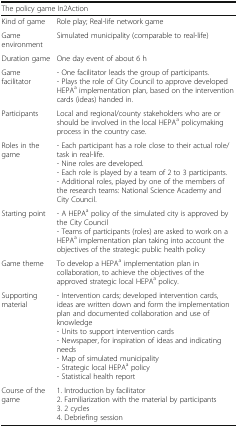
<table><thead><tr><td colspan="2"><b>The policy game In2Action</b></td></tr></thead><tbody><tr><td>Kind of game</td><td>Role play; Real-life network game</td></tr><tr><td>Game environment</td><td>Simulated municipality (comparable to real-life)</td></tr><tr><td>Duration game</td><td>One day event of about 6 h</td></tr><tr><td>Game facilitator</td><td>- One facilitator leads the group of participants.- Plays the role of City Council to approve developed HEPA<sup>a</sup> implementation plan, based on the intervention cards (ideas) handed in.</td></tr><tr><td>Participants</td><td>Local and regional/county stakeholders who are or should be involved in the local HEPA<sup>a</sup> policymaking process in the country case.</td></tr><tr><td>Roles in the game</td><td>- Each participant has a role close to their actual role/task in real-life.- Nine roles are developed.- Each role is played by a team of 2 to 3 participants.- Additional roles, played by one of the members of the research teams: National Science Academy and City Council.</td></tr><tr><td>Starting point</td><td>- A HEPA<sup>a</sup> policy of the simulated city is approved by the City Council- Teams of participants (roles) are asked to work on a HEPA<sup>a</sup> implementation plan taking into account the objectives of the strategic public health policy</td></tr><tr><td>Game theme</td><td>To develop a HEPA<sup>a</sup> implementation plan in collaboration, to achieve the objectives of the approved strategic local HEPA<sup>a</sup> policy.</td></tr><tr><td>Supporting material</td><td>- Intervention cards; developed intervention cards, ideas are written down and form the implementation plan and documented collaboration and use of knowledge- Units to support intervention cards- Newspaper, for inspiration of ideas and indicating needs- Map of simulated municipality- Strategic local HEPA<sup>a</sup> policy- Statistical health report</td></tr><tr><td>Course of the game</td><td>1. Introduction by facilitator2. Familiarization with the material by participants3. 2 cycles4. Debriefing session</td></tr></tbody></table>